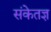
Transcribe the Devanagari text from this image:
संकेतज्ञ